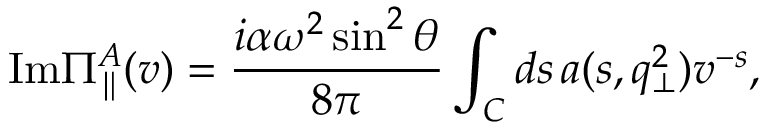
\mathrm { I m } \Pi _ { \parallel } ^ { A } ( v ) = \frac { i \alpha \omega ^ { 2 } \sin ^ { 2 } \theta } { 8 \pi } \int _ { C } d s \, a ( s , q _ { \bot } ^ { 2 } ) v ^ { - s } ,